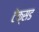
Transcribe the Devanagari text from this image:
टेक्सड